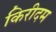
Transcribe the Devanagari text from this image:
किरीदम